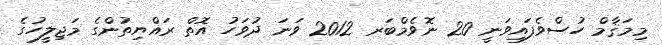
މިމަޤާމް ހުސްވެފައިވަނީ 20 ނޮވެމްބަރ 2012 ވަނަ ދުވަހު އޮތް ރައްޔިތުންގެ މަޖިލީހުގެ